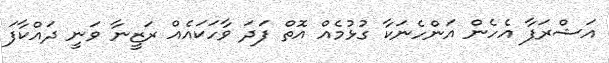
އަޝްރަފާ އެހެން އަންހެނަކާ ގުޅުމެއް އޮތް ފަދަ ވާހަކައެއް ރަޒީނާ ވަނީ ދައްކާފަ